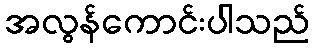
အလွန်ကောင်းပါသည်